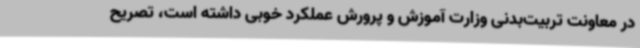
در معاونت تربیت‌بدنی وزارت آموزش و پرورش عملکرد خوبی داشته است، تصریح